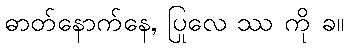
ဓာတ်နောက်နေ, ပြုလေ ဿ ကို ခ။